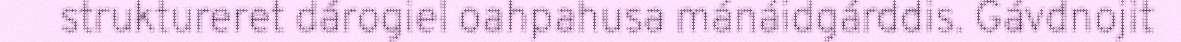
struktureret dárogiel oahpahusa mánáidgárddis. Gávdnojit